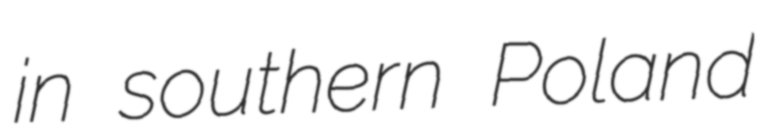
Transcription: in southern Poland